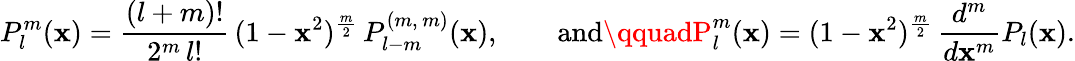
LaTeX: P_{l}^{m}(\mathbf{x})=\frac{{(l+m)!}}{{2^{m}\, l!}}\, (1-\mathbf{x}^{2})^{\frac{m}{2}}\, P_{l-m}^{(m,\, m)}(\mathbf{x}),\qquad\mathrm{{and}}\qquadP_{l}^{m}(\mathbf{x})=(1-\mathbf{x}^{2})^{\frac{m}{2}}\, \frac{{d^{m}}}{{d\mathbf{x}^{m}}}P_{l}(\mathbf{x}).